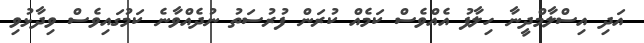
އަދި އިސްލާމްދީނާ ހިލާފު އެއްވެސް ކަމެއް ކުރަން ފުރުސަތު ނުދެއްވާނެ ކަމުގައިވެސް ވިދާޅުވި